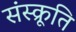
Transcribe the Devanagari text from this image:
संस्क्रूति